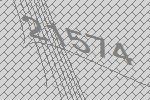
21574